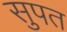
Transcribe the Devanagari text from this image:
सुपत